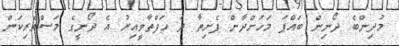
މުދިންބެ ދޯނިން ބައްޕަ މަހަށްދާން ފެށިތާ ދެ ހަފްތާވީއިރު އެ ދޯނީގެ މަސްވެރިކަން